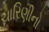
ચારિણીનો